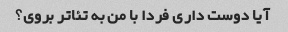
آیا دوست داری فردا با من به تئاتر بروی؟